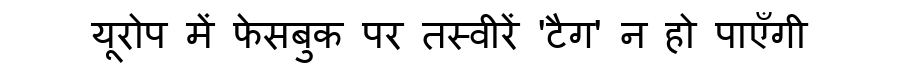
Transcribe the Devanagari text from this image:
यूरोप में फेसबुक पर तस्वीरें 'टैग' न हो पाएँगी